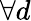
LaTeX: \forall d